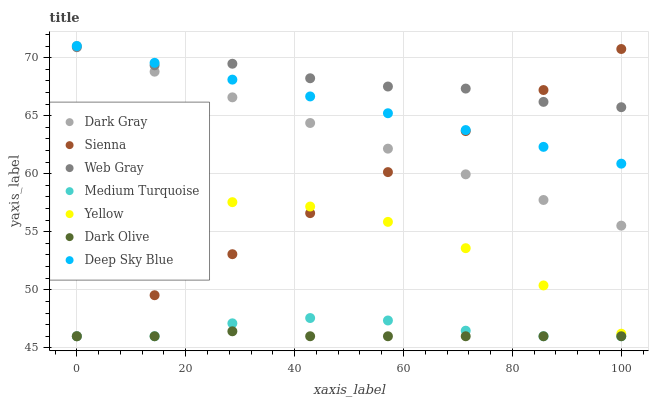
| xaxis_label | Dark Gray | Sienna | Web Gray | Medium Turquoise | Yellow | Dark Olive | Deep Sky Blue |
 | --- | --- | --- | --- | --- | --- | --- | --- |
 | 0 | 71 | 46 | 70.9 | 46 | 55.5 | 46 | 71 |
 | 14.3 | 68.8 | 49.5 | 69.3 | 46 | 57 | 46 | 69.6 |
 | 28.6 | 66.6 | 53.1 | 69.5 | 47.1 | 57.6 | 46.4 | 68.1 |
 | 42.9 | 64.4 | 56.6 | 68.2 | 47.6 | 57.2 | 46 | 66.7 |
 | 57.1 | 62.2 | 60.1 | 67.5 | 47.4 | 55.9 | 46 | 65.2 |
 | 71.4 | 59.9 | 63.7 | 67.3 | 46.5 | 53.6 | 46 | 63.8 |
 | 85.7 | 57.7 | 67.2 | 66.2 | 46 | 50.4 | 46 | 62.3 |
 | 100 | 55.5 | 70.7 | 65.7 | 46 | 46.2 | 46 | 60.9 |